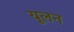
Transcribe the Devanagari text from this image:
यूलन